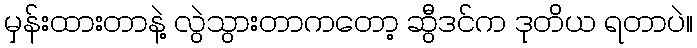
မှန်းထားတာနဲ့ လွဲသွားတာကတော့ ဆွီဒင်က ဒုတိယ ရတာပဲ။